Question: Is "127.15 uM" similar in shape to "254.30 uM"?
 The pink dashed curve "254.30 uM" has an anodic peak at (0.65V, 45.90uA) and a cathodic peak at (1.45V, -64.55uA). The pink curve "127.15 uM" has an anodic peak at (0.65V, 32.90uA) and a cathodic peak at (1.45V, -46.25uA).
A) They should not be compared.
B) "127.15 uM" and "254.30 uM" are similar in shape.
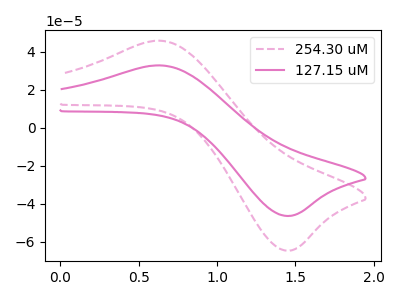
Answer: <think>All the peaks in "127.15 uM" have a peak in "254.30 uM" at the same potential. Every peak in "127.15 uM" is lower than every peak in "254.30 uM".
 </think>
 <answer>B) "127.15 uM" and "254.30 uM" are similar in shape.</answer>
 <eval>B</eval>